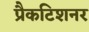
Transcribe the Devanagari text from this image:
प्रैकटिशनर